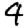
Digit: 4